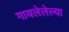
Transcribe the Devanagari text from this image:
गायलेलेल्या